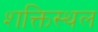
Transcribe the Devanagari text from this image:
शक्तिस्थल